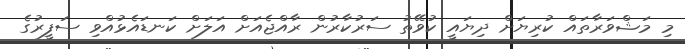
މި މަޝްވަރާތައް ކުރިޔަށް ދިޔައީ ކުވޭތު ސަރުކާރުން ރާއްޖެއަށް އަލަށް ކަނޑައެޅުއްވި ސަފީރުގެ